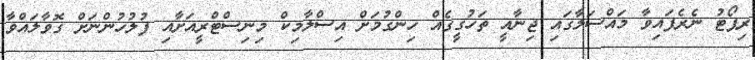
ރިޕޯޓު ނެރެފައިވާ މައްސަލާގައި ޖިނާއީ ތަހުގީގެއް ހިންގުމަށް އިސްލާމިކް މިނިސްޓްރީއަށާއި ފުލުހުންނަށް ގޮވާލައްވާ